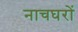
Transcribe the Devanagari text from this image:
नाचघरों